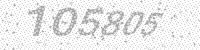
Solution: 105805